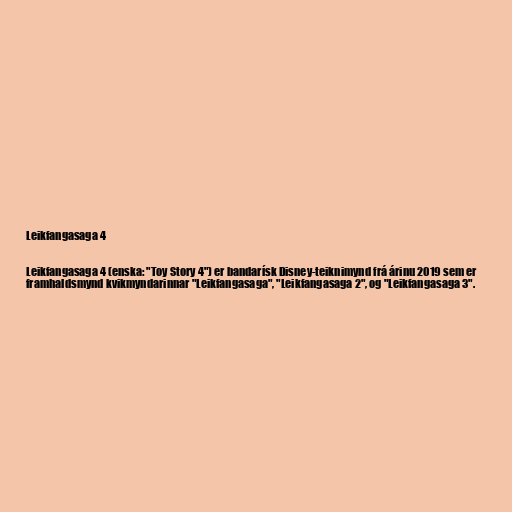
Leikfangasaga 4

Leikfangasaga 4 (enska: "Toy Story 4") er bandarísk Disney-teiknimynd frá árinu 2019 sem er
framhaldsmynd kvikmyndarinnar "Leikfangasaga", "Leikfangasaga 2", og "Leikfangasaga 3".